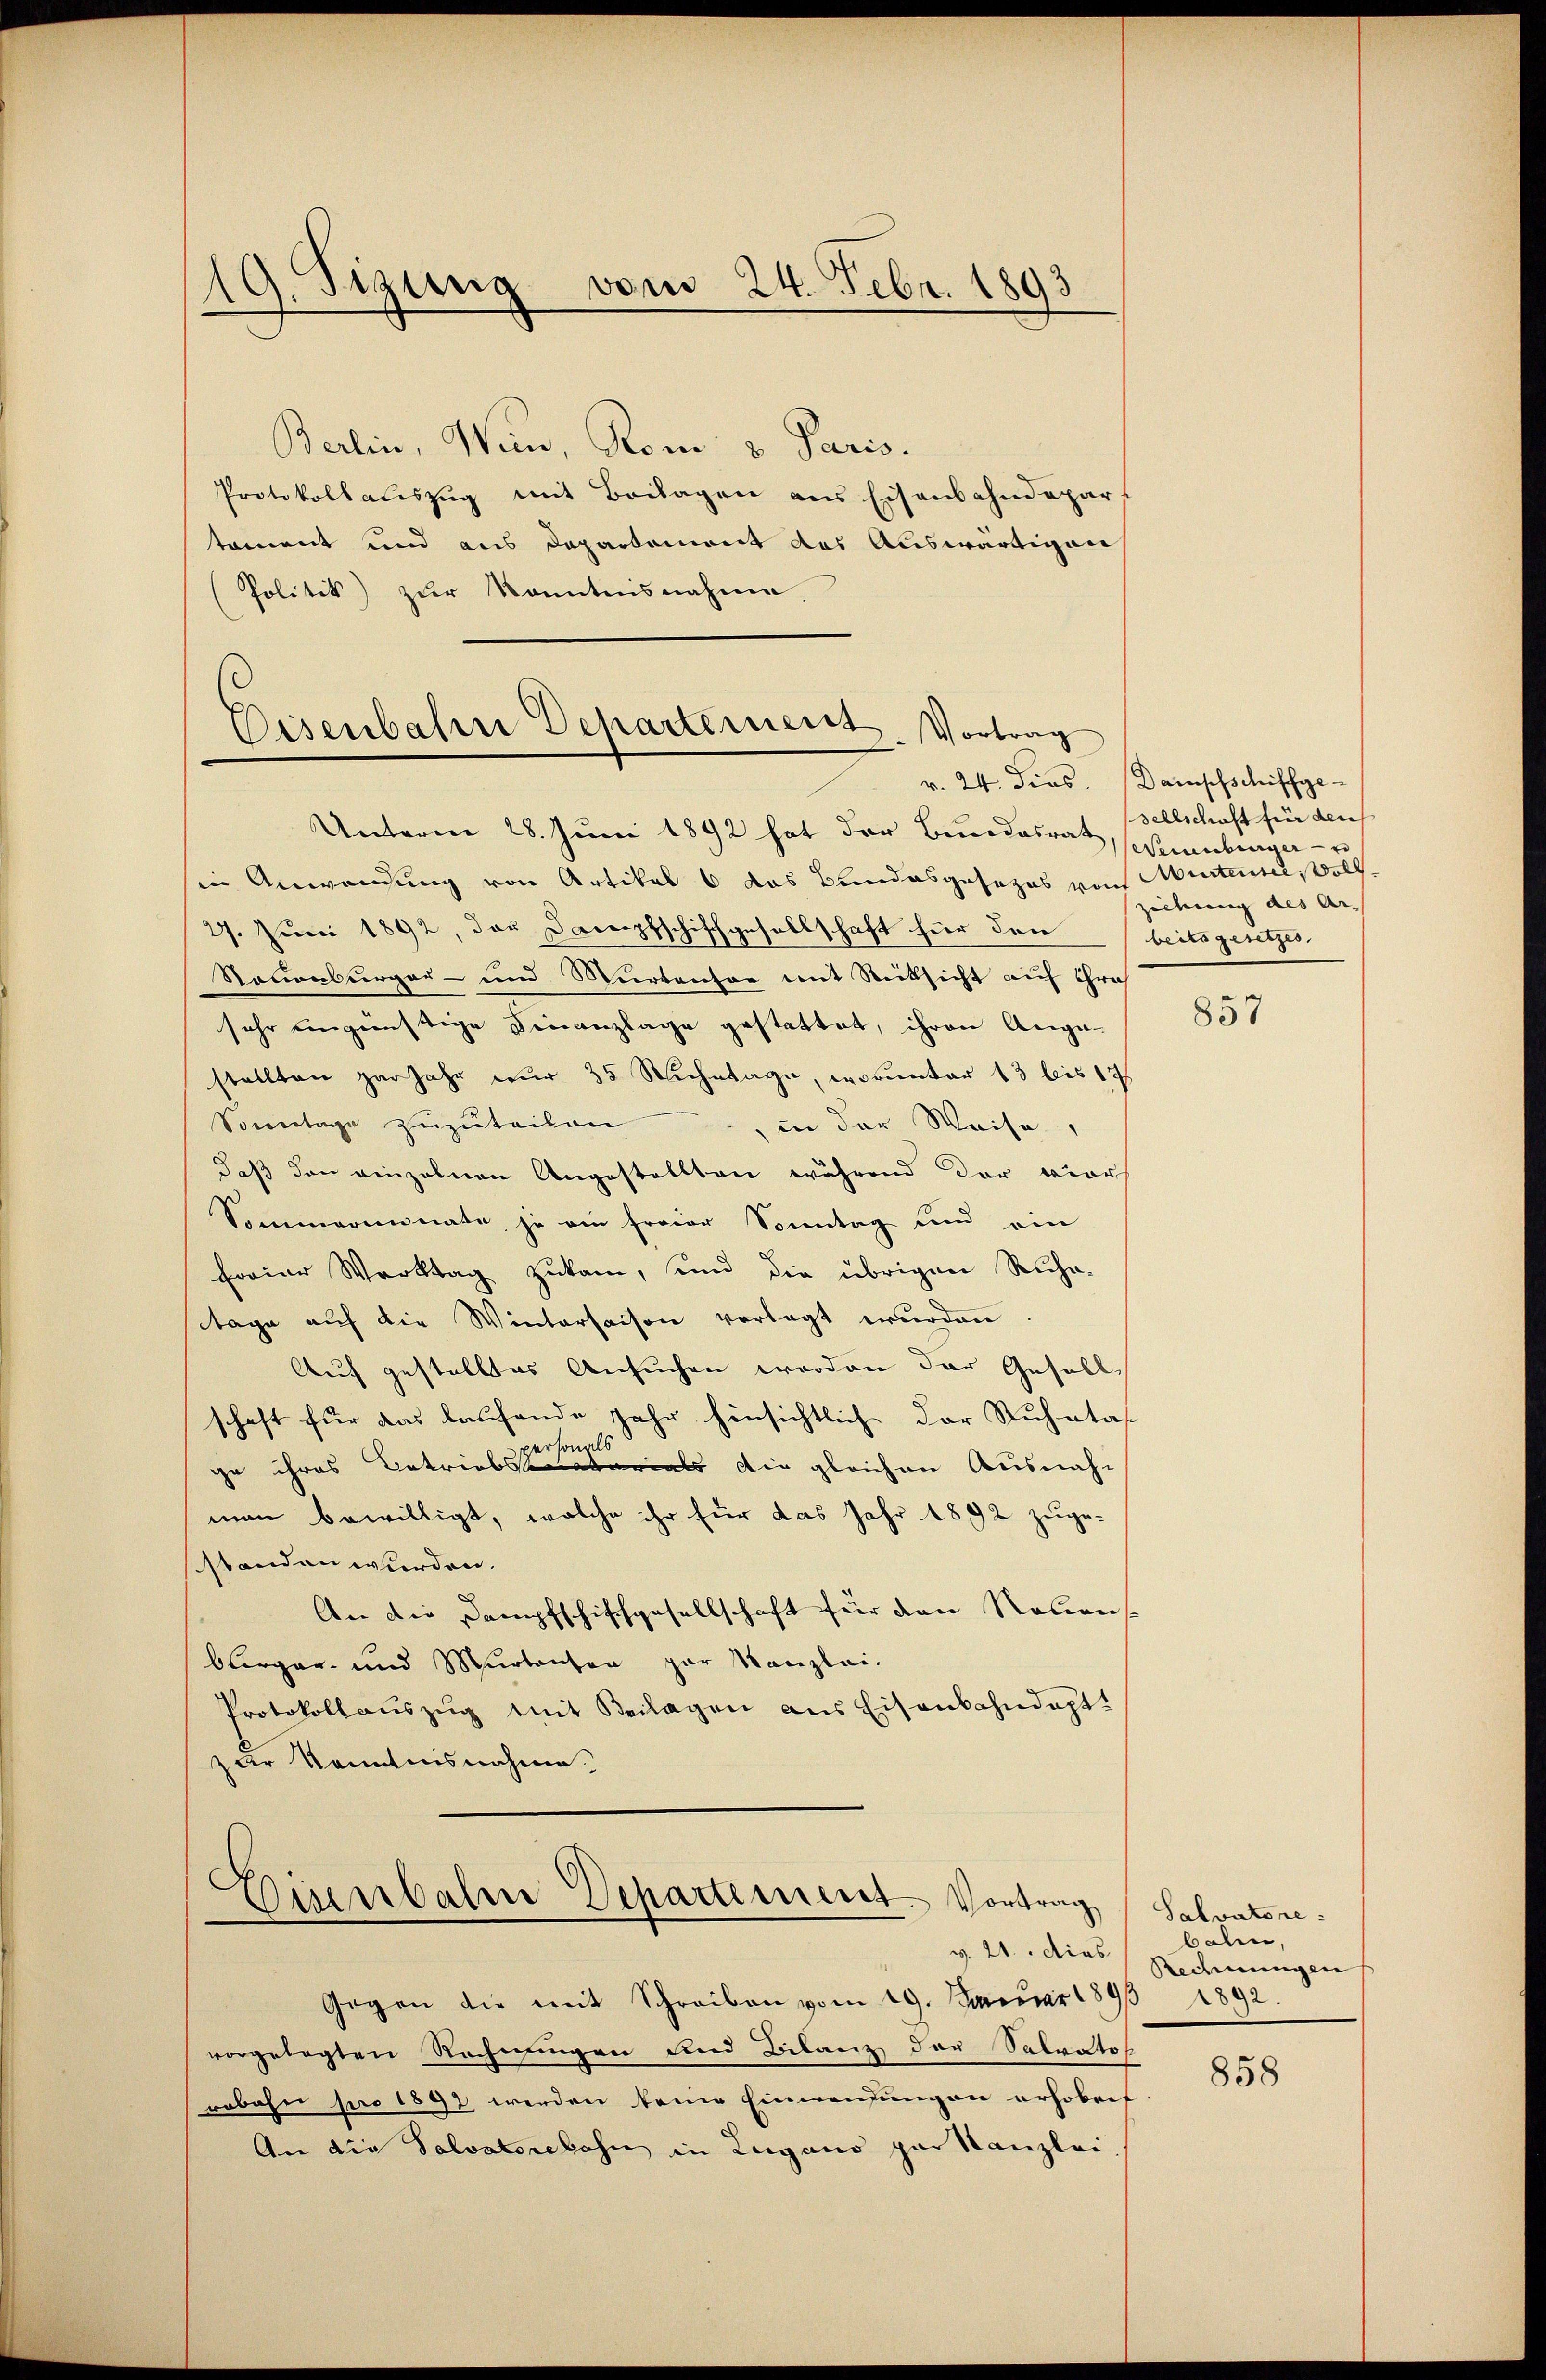
9. Sizung vom 24. Febr. 1893
s

Berlin, Wein, Rom. v. Paris.
Protokollauszug mit Beilagen aus Eisenbahndepar
tement und aus Departement das Auswärtigen
Politik) zur Kenntnisnahme.

Eisenbahre Departement. Vortrag

Unterm 28. Juni 1892 hat der Bundesrathenburger
in Anwendung von Artikal 6 das Bundesgesezes von Murtentel, Voll
27. Juni 1892, das Dampfschiffgesellschaft für den
Rouenburger- und Murtentor mit Rücksicht auf Gra
sehr eingünstige Finanzlage gestattet, ihren Ange-
stellten par Jahr nur 35 Siehetage, worunter 13 bis 17
Sonntage zŭzŭteilen in der Weise,
daß den einzelnen Angestellten während der vier
Sommerinnate, je ein freier Sonntag und ein
Forier Werktag zukam, und die übrigen Ruha-
tage auf die Wintersaison verlegt wurden
Auf gestelltes Ansuchen worden der Gesellschaft für das laufende Jahr hinsichtlich der Ruhetas
ge ihres Betriebessenen als die gleichen Ausnah-
man bewilligt, welche ihr für das Jahr 1892 zugestanden wurden.
An die Dampfschiffgesellschaft für den Nebens
blerger- und Murtanten par Kanzlei-
Protokoll aŭszŭg mit Beilagen aus Eisenbahndapt.
zur Kenntnisnahme.

Eisenbahre Departement. Vortrag
v. 21. dies

Gegen die mit Schreiben vom 19. Januar 1893 1892.
vorgelegten Rechnungen und Bilanz der Salvatos
robohn pro 1891 werden keine Einwendungen erhobris
An die Salvatore bahn in Lugano par Kanzlei,

r. 24. dios. Dampfschiffge-
sellschaft für der
ziehung des Ar-
beits gesetzes.

857

Salvatore
balen,
Rechnungen

858